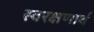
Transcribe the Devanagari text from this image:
स्वरक्षणार्थ